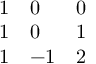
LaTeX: \begin{array} { l l l } { { 1 } } & { { 0 } } & { { 0 } } \\ { { 1 } } & { { 0 } } & { { 1 } } \\ { { 1 } } & { { - 1 } } & { { 2 } } \end{array}